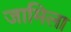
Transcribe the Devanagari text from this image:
जामिला